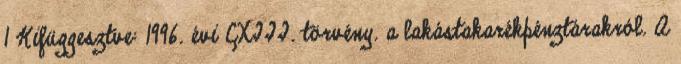
1 Kifüggesztve: 1996. évi CXIII. törvény. a lakástakarékpénztárakról. A